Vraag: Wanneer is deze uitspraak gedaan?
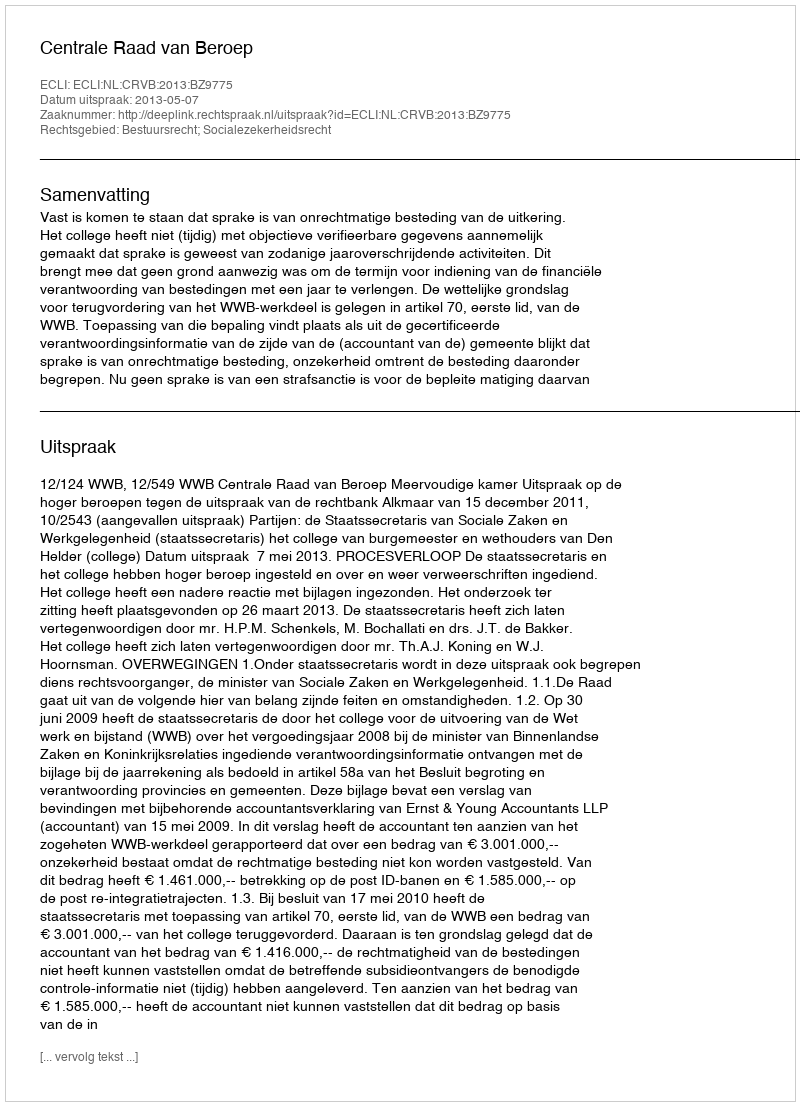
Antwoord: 2013-05-07